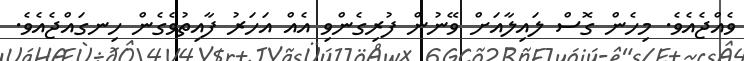
ވެއްޖެއެވެ. މިހެން ގޮސް ލައިލާއަށް ވޭނުން ފުރިގެންވި އެއް އަހަރު ފާއިތުވެގެން ހިނގައްޖެއެވެ.